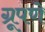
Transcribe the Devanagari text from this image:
ग्रूपणे